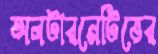
অলটারনেটিভের